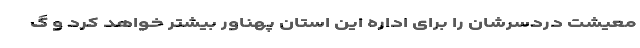
معیشت دردسرشان را برای اداره این استان پهناور بیشتر خواهد کرد و گ